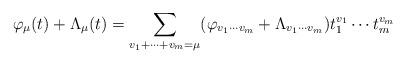
LaTeX: \begin{align*}\varphi_{\mu}(t)+\Lambda_{\mu}(t)=\sum_{v_1+\cdots+v_m=\mu} (\varphi_{v_1\cdots v_m}+\Lambda_{v_1\cdots v_m})t_1^{v_1}\cdots t_m^{v_m}\end{align*}